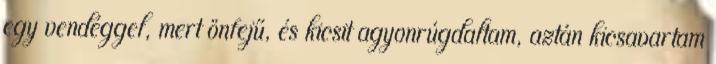
egy vendéggel, mert önfejű, és kicsit agyonrúgdaltam, aztán kicsavartam